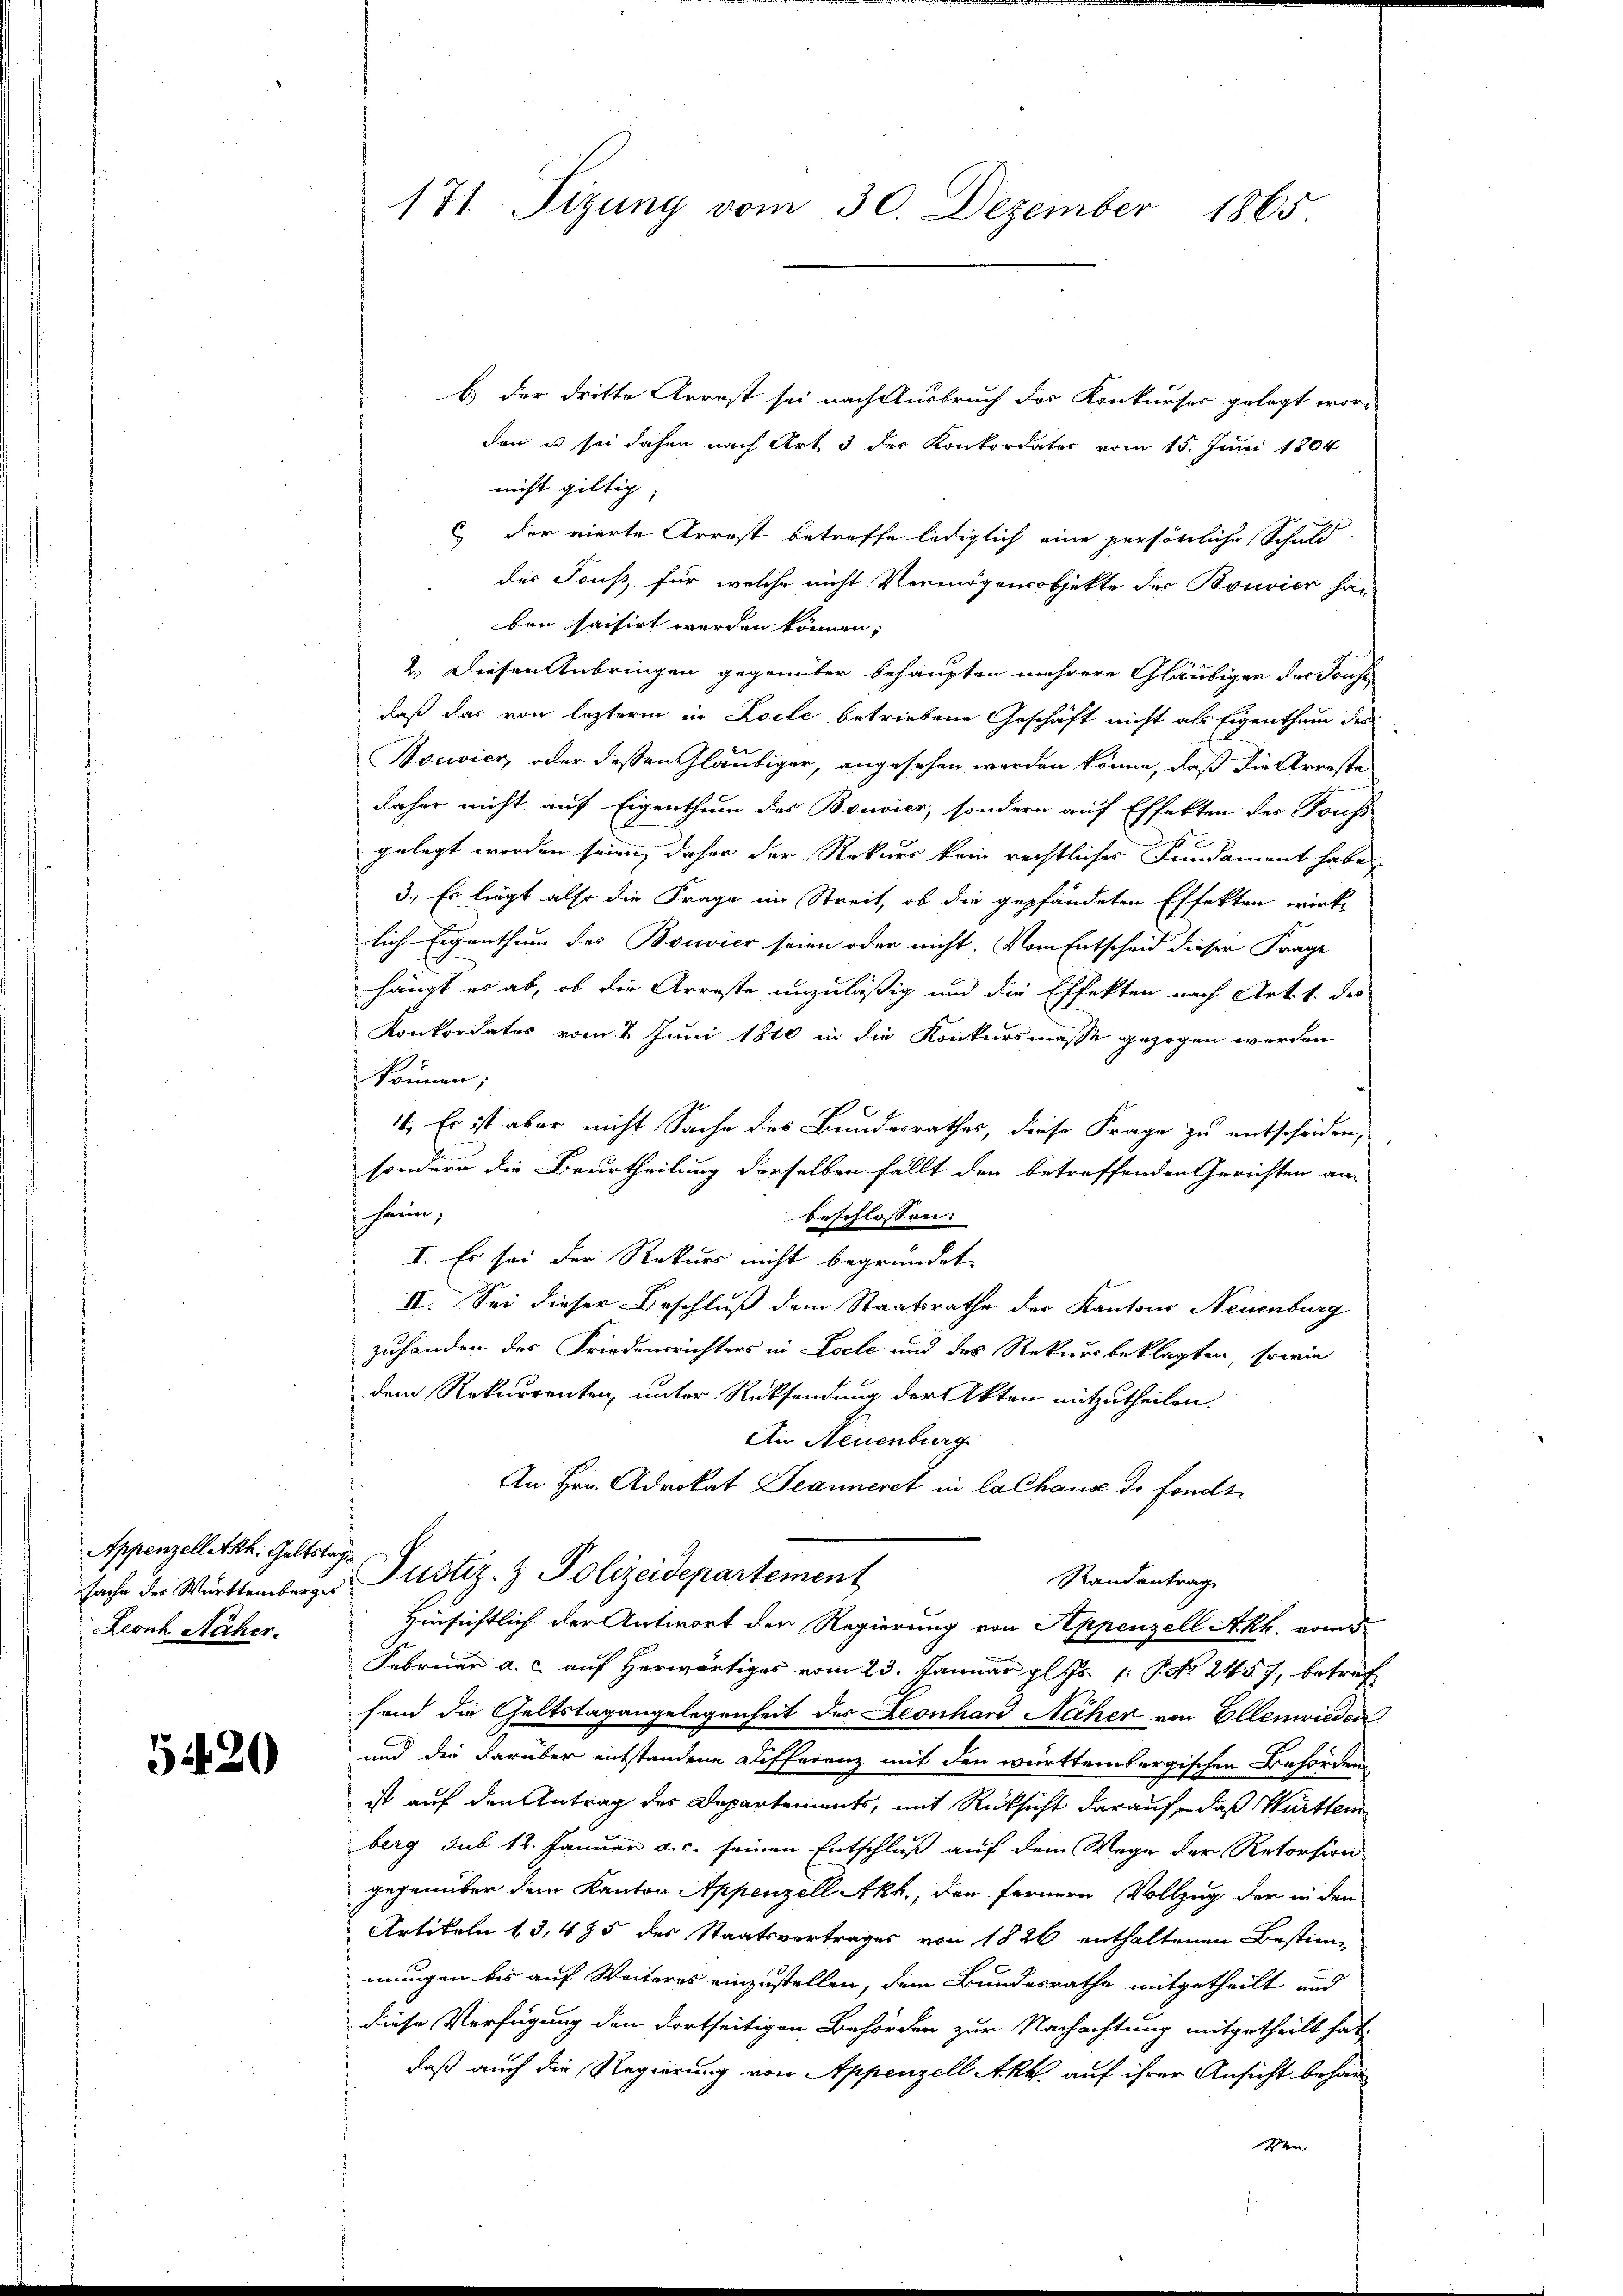
Appenzelletth. Geltstag
Leonh Näher.

5420

171. Tizung vom 30. Dezember 1865

b.) der dritte Arrest sei nach Ausbruch des Konkurses gelegt wor-
den u sei daher nach Art 3 der Konkordater vom 15. Juni 1804
nicht giltig
 der vierte Arrest betreffe lediglich eine persönliche Schuld
des Touss, für welche nicht Vermögensobjekte der Bouvier han
ben saisirt werden können;
2.) Diesen Anbringen gegenüber behaupten mehrere Gläubigen der Sonst
daß das von lezterm in Kolle betriebene Geschäft nicht als Eigenthum des
Bouvier, oder dessen Gläubiger, angesehen werden könne, daß die Arreste
daher nicht auf Eigenthum des Bouvier, sondern auf Effekten des Touss
gelegt worden seien, daher der Rekurs kein rechtlicher Fundament habe
3.) Es liegt also die Frage im Streit, ob die gepfändeten Effekten wirklich Eigenthum des Bouvier seien oder nicht. Vom Entscheid dieser Frage
hängt es ab, ob die Arreste unzuläßig und die Effekten nach Art. 1. des
Konkordates vom 2. Juni 1840 in die Konkursmasse gezogen worden
können;
4. Er ist aber nicht Sache des Bundesrathes, diese Frage zu entscheiden,
sondern die Beurtheilung derselben fällt den betreffenden Gerichten am
hern,
beschlossen:
I. Es sei der Rekurs nicht begründet.
II. Sei dieser Beschluß dem Staatsrathe der Kantons Neuenburg
zuhanden des Friedensrichters in Loche und des Reviderbeklagten, sowie
dem Rekurrenten, unter Rücksendung der Akten mitzutheilen.
An Neuenburg
An Hrn. Advokat Deanneret in la Chause de fonds¬
Randantrag
sache der Württemberger Justiz- & Polizeidepartement
Hinsichtlich der Antwort der Regierung von Appenzell Akh. vom 5.
Februar a. c. auf herwärtiges vom 23. Januar pl. Js. 1. No. 245. 7, betref
hand die Geltstagengelegenheit des Leonhard Näher von Ellenwieden
und die darüber entstandene Differenz mit den württembergischen Behörden
ist auf den Antrag des Departements, mit Rücksicht darauf, daß Württem
berg sub 12. Januar a.c. seinen Entschluß auf dem Wege der Retorsion
gegenüber dem Kanton Appenzell Akh., den fernern Vollzug der in den
Artikeln 13, 495 des Staatsvertrages von 1826 enthaltenen Bestim-
mungen bis auf Weiteres einzustellen, dem Bundesrathe mitgetheilt und
diese Verfügung den dortseitigen Behörden zur Nachachtung mitgetheilt hat,
 daß auch die Regierung von Appenzell Akk. auf ihrer Ansicht behau
n